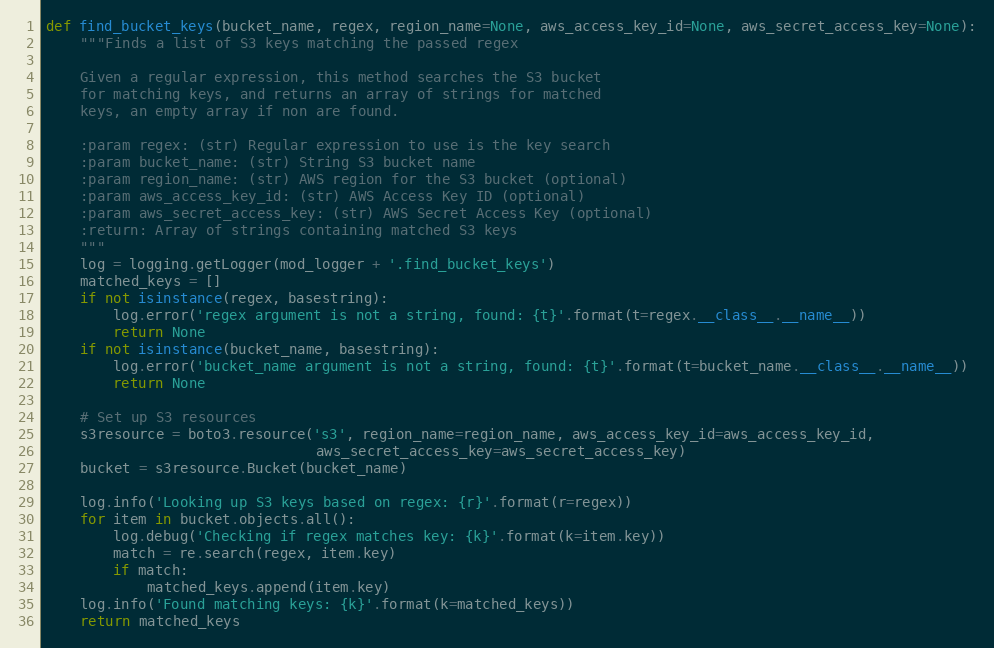
Language: Python
def find_bucket_keys(bucket_name, regex, region_name=None, aws_access_key_id=None, aws_secret_access_key=None):
    """Finds a list of S3 keys matching the passed regex

    Given a regular expression, this method searches the S3 bucket
    for matching keys, and returns an array of strings for matched
    keys, an empty array if non are found.

    :param regex: (str) Regular expression to use is the key search
    :param bucket_name: (str) String S3 bucket name
    :param region_name: (str) AWS region for the S3 bucket (optional)
    :param aws_access_key_id: (str) AWS Access Key ID (optional)
    :param aws_secret_access_key: (str) AWS Secret Access Key (optional)
    :return: Array of strings containing matched S3 keys
    """
    log = logging.getLogger(mod_logger + '.find_bucket_keys')
    matched_keys = []
    if not isinstance(regex, basestring):
        log.error('regex argument is not a string, found: {t}'.format(t=regex.__class__.__name__))
        return None
    if not isinstance(bucket_name, basestring):
        log.error('bucket_name argument is not a string, found: {t}'.format(t=bucket_name.__class__.__name__))
        return None

    # Set up S3 resources
    s3resource = boto3.resource('s3', region_name=region_name, aws_access_key_id=aws_access_key_id,
                                aws_secret_access_key=aws_secret_access_key)
    bucket = s3resource.Bucket(bucket_name)

    log.info('Looking up S3 keys based on regex: {r}'.format(r=regex))
    for item in bucket.objects.all():
        log.debug('Checking if regex matches key: {k}'.format(k=item.key))
        match = re.search(regex, item.key)
        if match:
            matched_keys.append(item.key)
    log.info('Found matching keys: {k}'.format(k=matched_keys))
    return matched_keys